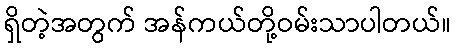
ရှိတဲ့အတွက် အန်ကယ်တို့ဝမ်းသာပါတယ်။